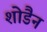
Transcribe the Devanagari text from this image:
शोडैन